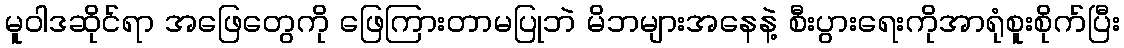
မူဝါဒဆိုင်ရာ အဖြေတွေကို ဖြေကြားတာမပြုဘဲ မိဘများအနေနဲ့ စီးပွားရေးကိုအာရုံစူးစိုက်ပြီး